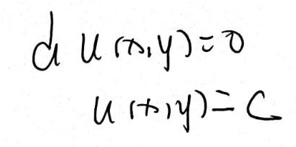
\[
\begin{align*}
d u(x,y)&=0\\
u(x,y)&=C
\end{align*}
\]